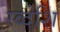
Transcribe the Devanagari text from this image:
स्व्देशि